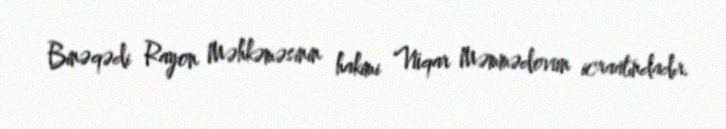
Binəqədi Rayon Məhkəməsinin hakimi Vüqar Məmmədovun icraatındadır.